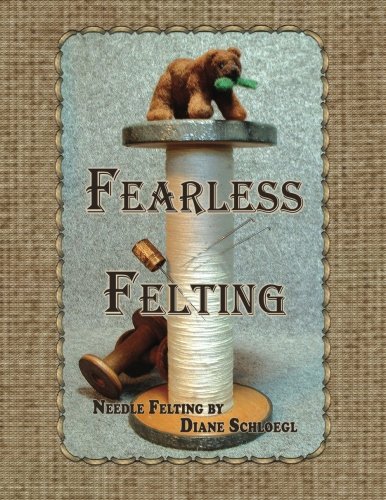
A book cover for Fearless Felting; Diane Schloegl; Crafts, Hobbies & Home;